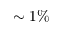
\sim 1 \%